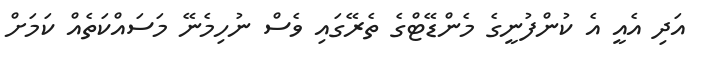
އަދި އެއީ އެ ކުންފުނީގެ މެންޑޭޓްގެ ތެރޭގައި ވެސް ނުހިމެނޭ މަސައްކަތެއް ކަމަށް